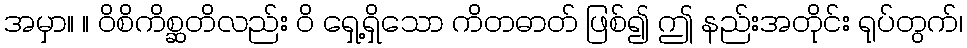
အမှာ။ ။ ဝိစိကိစ္ဆတိလည်း ဝိ ရှေ့ရှိသော ကိတဓာတ် ဖြစ်၍ ဤ နည်းအတိုင်း ရုပ်တွက်၊